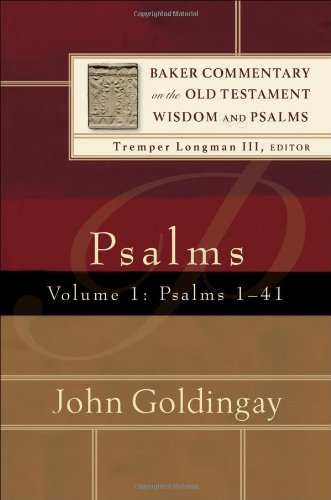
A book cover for Psalms, Vol. 1: Psalms 1-41 (Baker Commentary on the Old Testament Wisdom and Psalms); John Goldingay; Christian Books & Bibles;